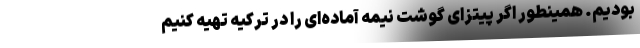
بودیم. همینطور اگر پیتزای گوشت نیمه آماده‌ای را در ترکیه تهیه کنیم